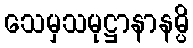
သေမှသမုဋ္ဌာနာနမ္ပိ